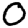
Digit: 0